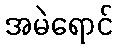
အမဲရောင်